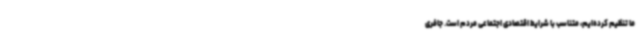
ما تنظیم کرده‌ایم، متناسب با شرایط اقتصادی اجتماعی مردم است. جافری